Report on sanitation, dispensaries, and jails in Rajputana for 1915, and on vaccination for the year 1915-1916 - 1915-1916
Year: 1915
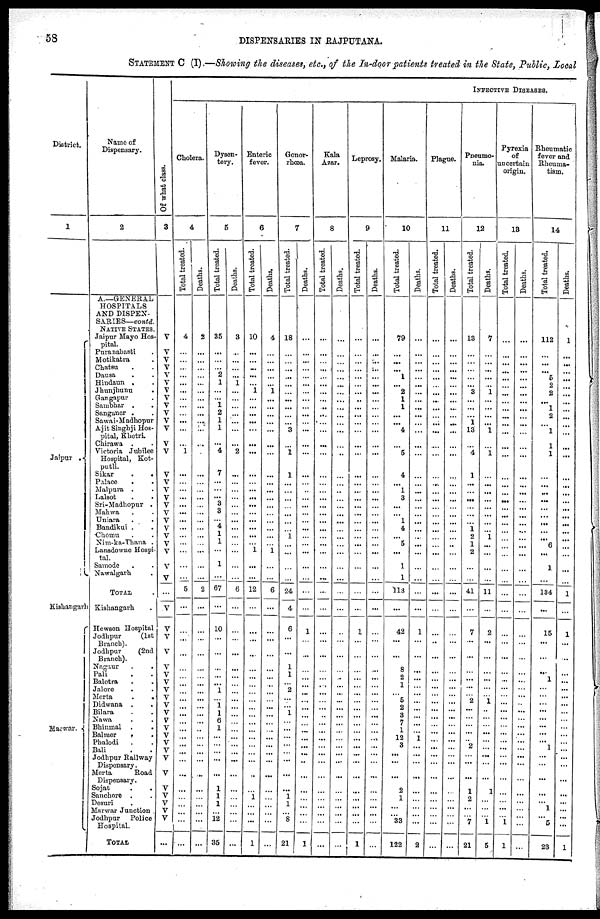
58
DISPENSARIES IN RAJPUTANA.
STATEMENT C (I).—Showing the diseases, etc., of the In-door patients treated in the State, Public, Local
District.
1
Jaipur.
Kishangarh
Marwar .
Name of
Dispensary.
2
A.—GENERAL
HOSPITALS
AND DISPEN-
SARIES—contd.
NATIVE STATES.
Jaipur Mayo Hos-
pital.
Puranabasti .
Motikatra .
Chatsu . .
Dausa . .
Hiudaun . .
Jhunjhunu .
Gangapur .
Sambhar . .
Sanganer .
Sawai-Madhopur
Ajit Shighji Hos-
pital, Khetri.
Chirawa . .
Victoria Jubilee
Hospital, Kot-
putli.
Sikar . .
Palace . .
Malpura . .
Lalsot . .
Sri-Madhopur .
Mahwa . .
Uniara . .
Bandikui .
Chomu . .
Nim-ka-Thana .
Lansdowne Hospi-
tal.
Samode . .
Nawalgarh .
TOTAL .
Kishangarh .
Hewson Hospital
Jodhpur
(1st
Branch).
Jodhpur
(2nd
Branch).
Nagaur . .
Pali . .
Balotra . .
Jalore . .
Merta
.
.
Didwana . .
Bilara . .
Nawa . .
Bhinmal .
.
Balmer . .
Phalodi . .
Bali
Jodhpur Railway
Dispensary.
Merta
Road
Dispensary.
Sojat
.
.
Sanchore . .
Desuri
.
Marwar Junction
Jodhpur Police
Hospital.
TOTAL .
Of what class.
3
V
V
V
V
V
V
V
V
V
V
V
V
V
V
V
V
V
V
V
V
V
V
V
V
V
V
V
...
V
V
V
V
V
V
V
V
V
V
V
V
V
V
V
V
V
V
V
V
V
V
V
...
INFECTIVE DISEASES.
Cholera.
4
Total treated.
4
...
...
...
...
...
...
...
...
...
...
...
...
1
...
...
...
...
...
...
...
...
...
...
...
...
...
5
...
...
...
...
...
...
...
...
...
...
...
...
...
...
...
...
...
...
...
...
...
...
...
...
Deaths.
2
...
...
...
...
...
...
...
...
...
...
...
...
...
...
...
...
...
...
...
...
...
...
...
...
...
...
2
...
...
...
...
...
...
...
...
...
...
...
...
...
...
...
...
...
...
...
...
...
...
...
...
Dysen-
tery.
5
Total treated.
35
...
...
... 2
1
...
... 1
2
1
1
... 4
7
...
...
... 3
3
... 4
1
1
...
1
...
67
...
10
...
...
...
...
... 1
...
1
1
6
1
...
...
...
...
...
1
1
1
... 12
35
Deaths.
3
...
...
...
... 1
...
...
...
...
...
...
... 2
...
...
...
...
...
...
...
...
...
...
...
...
...
6
...
...
...
...
...
...
...
...
...
...
...
...
...
...
...
...
...
...
...
...
...
...
...
...
Enteric
fever.
6
Total treated.
10
...
...
...
...
...
1
...
...
...
...
...
...
...
...
...
...
...
...
...
...
...
...
... 1
...
...
12
...
...
...
...
...
...
...
...
...
...
...
...
...
...
...
...
...
...
...
1
...
...
...
1
Deaths.
4
...
...
...
...
... 1
...
...
...
...
...
...
...
...
...
...
...
...
...
...
...
...
...
1
...
...
6
...
...
...
...
...
...
...
...
...
...
...
...
...
...
...
...
...
...
...
...
...
...
...
...
Gonor-
rhœa.
7
Total treated.
18
...
...
...
...
...
...
...
...
...
...
3
...
1
1
...
...
...
...
...
...
...
1
...
...
...
...
24
4
6
...
...
1
1
...
2
...
...
1
...
...
...
...
...
...
...
...
1
1
... 8
21
Deaths.
...
...
...
...
...
...
...
...
...
...
...
...
...
...
...
...
...
...
...
...
...
...
...
...
...
...
...
...
1
...
...
...
...
...
...
...
...
...
...
...
...
...
...
...
...
...
...
...
...
...
1
Kala
Azar.
8
Total treated.
...
...
...
...
...
...
...
...
...
...
...
...
...
...
...
...
...
...
...
...
...
...
...
...
...
...
...
...
...
...
...
...
...
...
...
...
...
...
...
...
...
...
...
...
...
...
...
...
...
...
...
...
Deaths.
...
...
...
...
...
...
...
...
...
...
...
...
...
...
...
...
..
...
...
...
...
...
...
...
...
...
...
...
...
...
...
...
...
...
...
...
...
...
...
...
...
...
...
...
...
...
...
...
...
...
...
...
Leprosy.
9
Total treated.
...
...
...
...
...
...
...
...
...
...
...
...
...
...
...
...
...
...
...
...
...
...
...
...
...
...
...
...
...
1
...
...
...
...
...
...
...
...
...
...
...
...
...
...
...
...
...
...
...
...
...
1
Deaths.
...
...
...
...
...
...
...
...
...
...
...
...
...
...
...
...
...
...
...
...
...
...
...
...
...
...
...
...
...
...
...
...
...
...
...
...
...
...
...
...
...
...
...
...
...
...
...
...
...
...
...
...
Malaria.
10
Total treated.
79
...
...
...
1
...
2
1
1
...
...
4
...
5
4
...
1
3
...
...
1
4
...
5
...
1
1
113
...
42
...
...
8
2
1
...
5
2
3
7
1
12
...
...
...
...
2
1
...
... 33
122
Deaths.
...
...
...
...
...
...
...
...
...
...
...
...
...
...
...
...
...
...
...
...
...
...
...
...
...
...
...
...
...
1
...
...
...
...
...
...
...
...
...
...
...
1
...
...
...
...
...
...
...
...
...
2
Plague.
11
Total treated.
...
...
...
...
...
...
...
...
...
...
...
...
...
...
...
...
...
...
...
...
...
...
...
...
...
...
...
...
...
...
...
...
...
...
...
...
...
...
...
...
...
...
...
...
...
...
...
...
...
...
...
...
Deaths.
...
...
...
...
...
...
...
...
...
...
...
...
...
...
...
...
...
...
...
...
...
...
...
...
...
...
...
...
...
...
...
...
...
...
...
...
...
...
...
...
...
...
...
...
...
...
...
...
...
...
...
...
Pneumo-
nia.
12
Total treated.
13
...
...
...
...
...
3
...
...
...
1
13
...
4
1
...
...
...
...
...
...
1
2
1
2
...
...
41
...
7
...
...
...
...
...
...
2 ...
...
...
...
...
...
2
...
...
1
2
...
...
7
21
Deaths.
7
...
...
...
...
...
1
...
...
...
...
1
...
1
...
...
...
...
...
...
...
...
1
...
...
...
...
11
...
2
...
...
...
...
...
...
1 ...
...
...
...
...
...
...
...
...
1
...
...
... 1
5
Pyrexia
of
uncertain
origin.
13
Total treated.
...
...
...
...
...
...
...
...
...
...
...
...
...
...
...
...
...
...
...
...
...
...
...
...
...
...
...
...
...
...
...
...
...
...
...
...
...
...
...
...
...
...
...
...
...
...
...
...
...
...
1
1
Deaths.
...
...
...
...
...
...
...
...
...
...
...
...
...
...
...
...
...
...
...
...
...
...
...
...
...
...
...
...
...
...
...
...
...
...
...
...
...
...
...
...
...
...
...
...
...
...
...
...
...
...
...
...
Rheumatic
fever and
Rheuma-
tism.
14
Total treated.
112
...
...
...
5
2
2
... 1
2
...
1
1
1
...
...
...
...
...
...
...
...
...
6
...
1
...
134
...
15
...
...
...
... 1
...
...
...
...
...
...
...
... 1
...
...
...
...
... 1
5
23
Deaths.
1
...
...
...
...
...
...
...
...
...
...
...
...
...
...
...
...
...
...
...
...
...
...
...
...
...
...
1
...
1
...
...
...
...
...
...
...
...
...
...
...
...
...
...
...
...
...
...
...
...
...
1